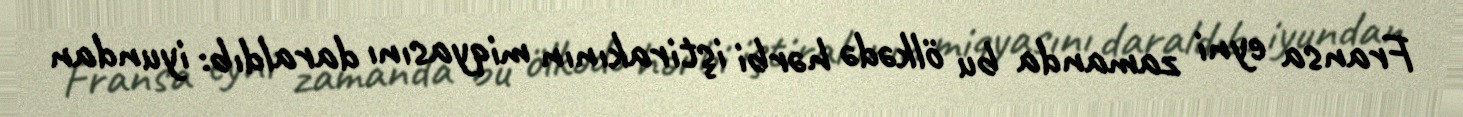
Fransa eyni zamanda bu ölkədə hərbi iştirakının miqyasını daraldıb: iyundan